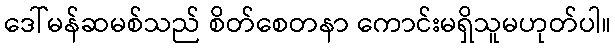
ဒေါ်မန်ဆမစ်သည် စိတ်စေတနာ ကောင်းမရှိသူမဟုတ်ပါ။